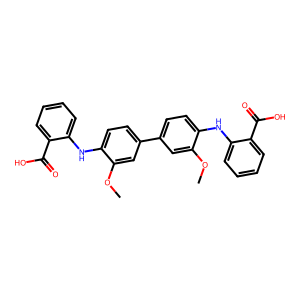
SMILES: COc1cc(-c2ccc(Nc3ccccc3C(=O)O)c(OC)c2)ccc1Nc1ccccc1C(=O)O
Inhibits HIV replication: No